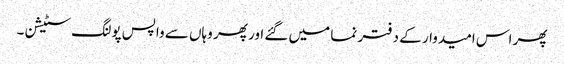
پھر اس امیدوار کے دفتر نما میں گئے اور پھر وہاں سے واپس پولنگ سٹیشن۔